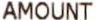
AMOUNT